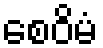
စေဝိမံ